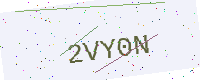
Text: 2VY0N